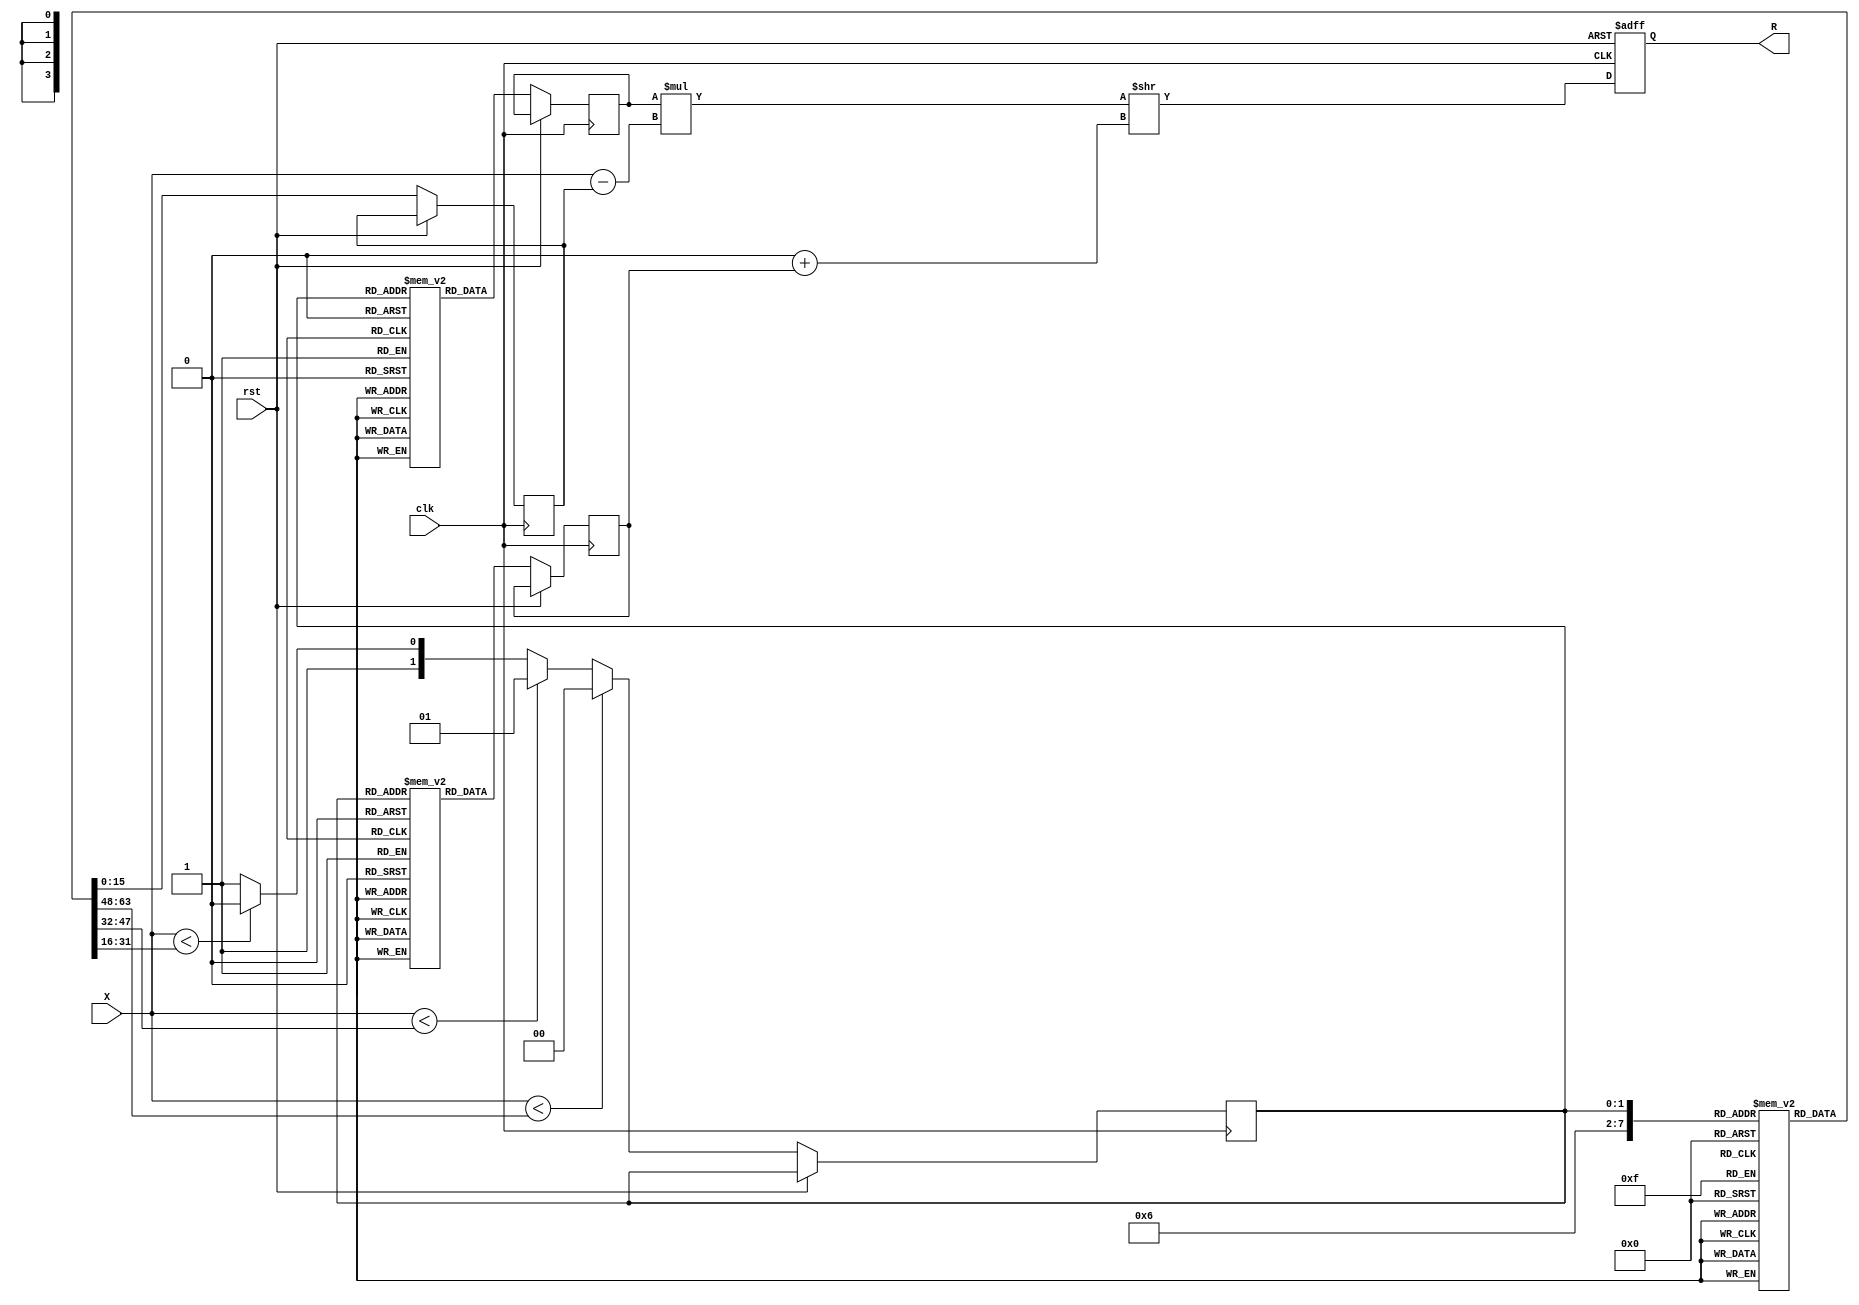
module PLA_Reciprocal #(
    parameter N = 16, // Input bit-width
    parameter M = 16, // Output bit-width
    parameter SEGMENTS = 4 // Number of segments for approximation
)(
    input  [N-1:0] X,     // Input value (normalized in range [0, 1])
    output reg [M-1:0] R, // Output reciprocal
    input  clk,           // Clock signal
    input  rst            // Reset signal
);

    // ROM for storing coefficients (slope and intercept)
    reg [N-1:0] segment_start [0:SEGMENTS-1]; // Start of each segment
    reg [N-1:0] slope [0:SEGMENTS-1];          // Slopes for each segment
    reg [N-1:0] intercept [0:SEGMENTS-1];      // Intercepts for each segment

    // Initialize coefficients (these values are examples and should be replaced with actual values)
    initial begin
        segment_start[0] = 16'h0001; slope[0] = 16'hFFFF; intercept[0] = 16'hFFFF; // Example values
        segment_start[1] = 16'h0005; slope[1] = 16'h7FFF; intercept[1] = 16'h8000; // Example values
        segment_start[2] = 16'h000A; slope[2] = 16'h3FFF; intercept[2] = 16'hC000; // Example values
        segment_start[3] = 16'h000F; slope[3] = 16'h1FFF; intercept[3] = 16'hE000; // Example values
    end

    // Intermediate signals
    reg [N-1:0] selected_slope;
    reg [N-1:0] selected_intercept;
    reg [N-1:0] X0;
    reg [1:0] segment_index;

    always @(posedge clk or posedge rst) begin
        if (rst) begin
            R <= 0;
        end else begin
            // Segment selection based on input
            if (X < segment_start[0]) begin
                segment_index <= 0;
            end else if (X < segment_start[1]) begin
                segment_index <= 1;
            end else if (X < segment_start[2]) begin
                segment_index <= 2;
            end else if (X < segment_start[3]) begin
                segment_index <= 3;
            end else begin
                segment_index <= SEGMENTS - 1; // Last segment for inputs beyond the last start
            end

            // Get the selected slope and intercept
            selected_slope <= slope[segment_index];
            selected_intercept <= intercept[segment_index];
            X0 <= segment_start[segment_index];

            // Linear interpolation: R = m * (X - X0) + b
            R <= (selected_slope * (X - X0)) >> (N - M) + selected_intercept; // Right shift for scaling
        end
    end

endmodule